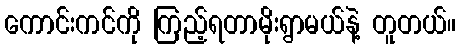
ကောင်းကင်ကို ကြည့်ရတာမိုးရွာမယ်နဲ့ တူတယ်။